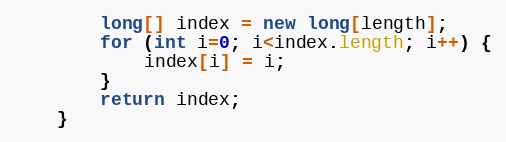
Language: Java
        long[] index = new long[length];
        for (int i=0; i<index.length; i++) {
            index[i] = i;
        }
        return index;
    }